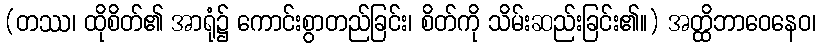
(တဿ၊ ထိုစိတ်၏ အာရုံ၌ ကောင်းစွာတည်ခြင်း၊ စိတ်ကို သိမ်းဆည်းခြင်း၏။) အတ္ထိဘာဝေနေဝ၊